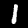
Label: 1